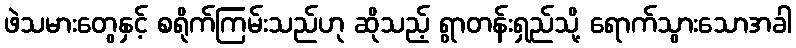
ဖဲသမားတွေနှင့် စရိုက်ကြမ်းသည်ဟု ဆိုသည့် ရွာတန်းရှည်သို့ ရောက်သွားသောအခါ